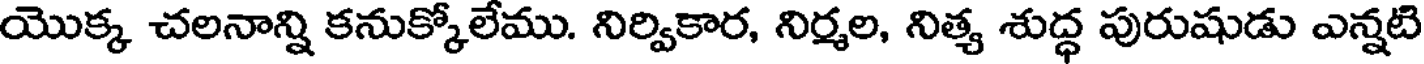
యొక్క చలనాన్ని కనుక్కోలేము. నిర్వికార, నిర్మల, నిత్య శుద్ధ పురుషుడు ఎన్నటి